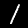
Label: 1